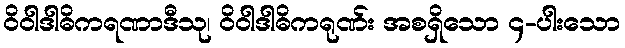
ဝိဝါဒါဓိကရဏာဒီသု၊ ဝိဝါဒါဓိကရုဏ်း အစရှိသော ၄-ပါးသော